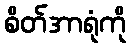
စိတ်အာရုံကို